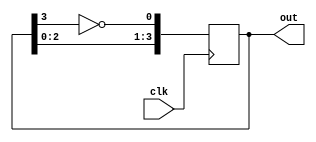
module johnson_counter(
    input clk,
    output reg [3:0] out
);

reg [3:0] state;

always @(posedge clk)
begin
    state <= {state[2:0], ~state[3]};
end

assign out = state;

endmodule